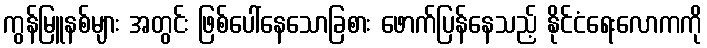
ကွန်မြူနစ်များ အတွင်း ဖြစ်ပေါ်နေသောခြစား ဖောက်ပြန်နေသည့် နိုင်ငံရေးလောကကို